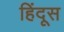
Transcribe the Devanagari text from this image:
हिंदूस